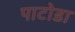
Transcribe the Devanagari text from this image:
पाटोडा